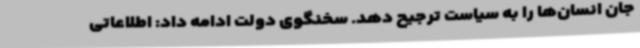
جان انسان‌ها را به سیاست‌ ترجیح دهد. سخنگوی دولت ادامه داد: اطلاعاتی